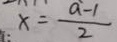
x = \frac { a - 1 } { 2 }